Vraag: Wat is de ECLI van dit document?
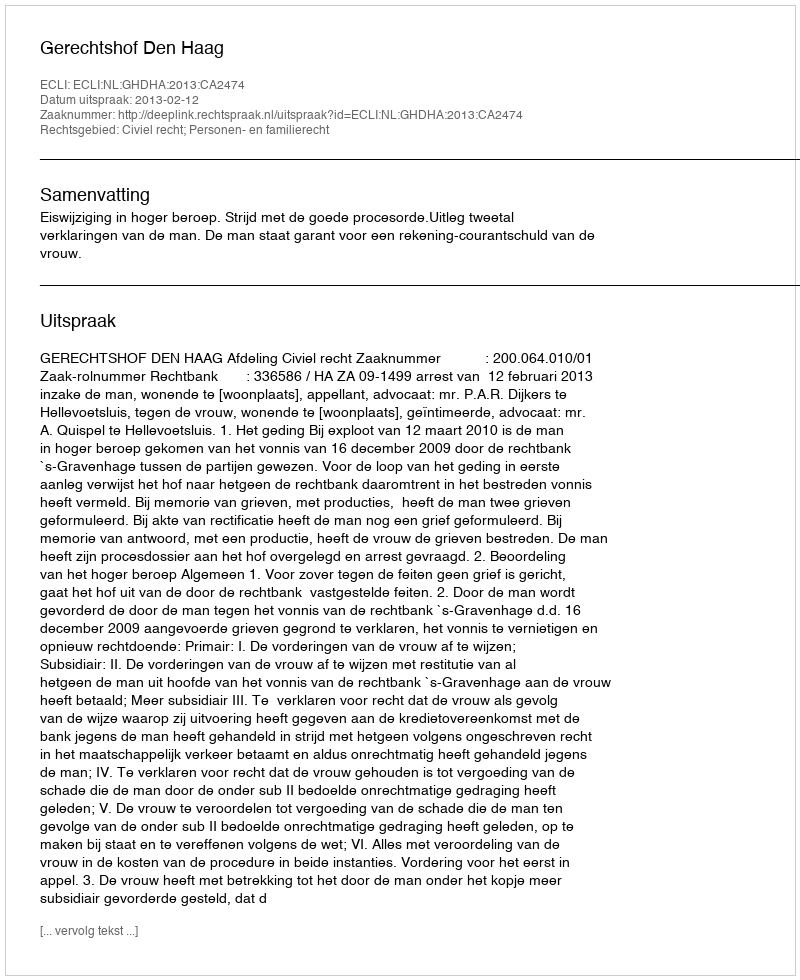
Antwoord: ECLI:NL:GHDHA:2013:CA2474